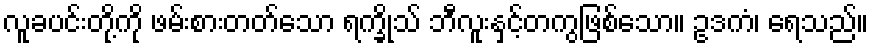
လူခပင်းတို့ကို ဖမ်းစားတတ်သော ရက္ခိုသ် ဘီလူးနှင့်တကွဖြစ်သော။ ဥဒကံ၊ ရေသည်။